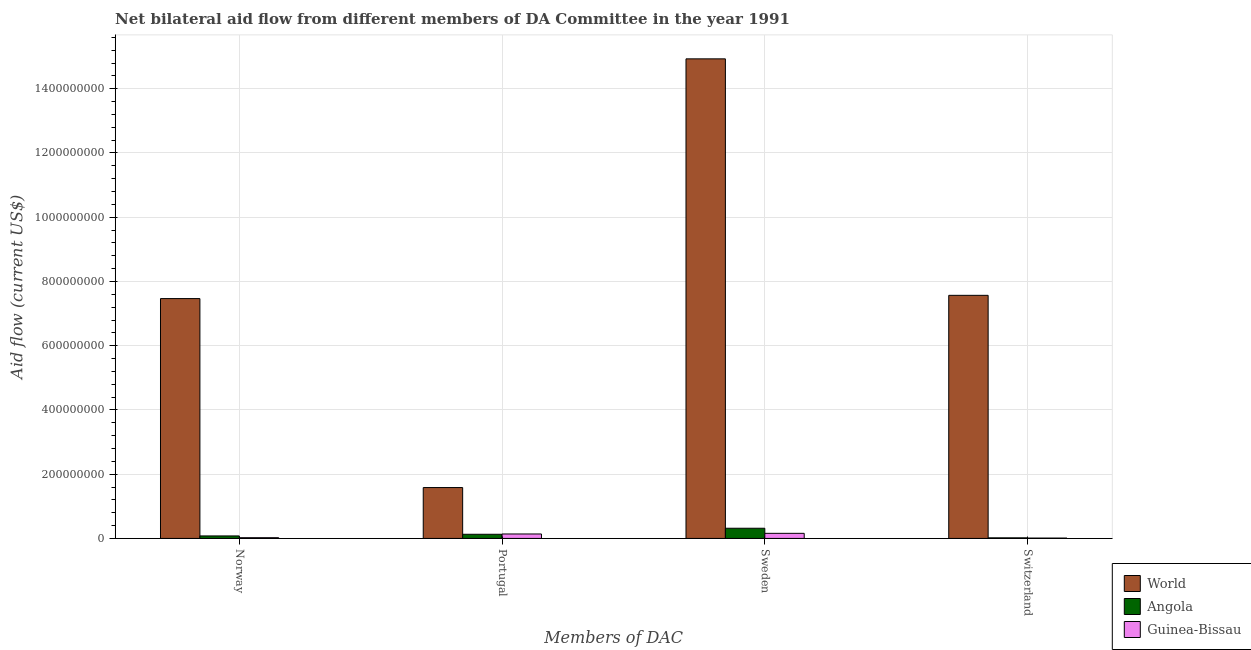
| Members of DAC | World | Angola | Guinea-Bissau |
 | --- | --- | --- | --- |
 | Norway | 7.47e+08 | 7.8e+06 | 2.31e+06 |
 | Portugal | 1.58e+08 | 1.29e+07 | 1.39e+07 |
 | Sweden | 1.49e+09 | 3.17e+07 | 1.59e+07 |
 | Switzerland | 7.57e+08 | 1.85e+06 | 1.15e+06 |